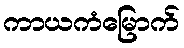
ကာယကံမြောက်